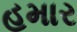
હમાર